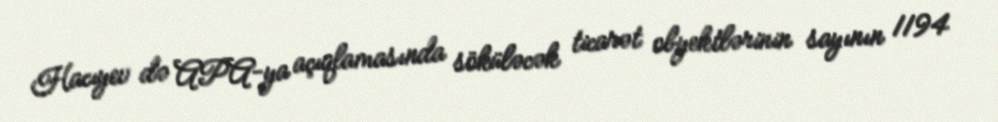
Hacıyev də APA-ya açıqlamasında söküləcək ticarət obyektlərinin sayının 1194